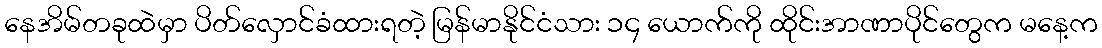
နေအိမ်တခုထဲမှာ ပိတ်လှောင်ခံထားရတဲ့ မြန်မာနိုင်ငံသား ၁၄ ယောက်ကို ထိုင်းအာဏာပိုင်တွေက မနေ့က